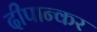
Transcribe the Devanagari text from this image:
दीपान्कर